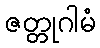
ဇတ္တုဂါမံ